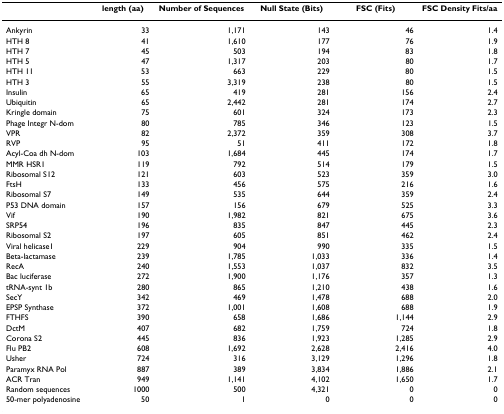
<table><thead><tr><td>[EMPTY_CELL]</td><td><b>length (aa)</b></td><td><b>Number of Sequences</b></td><td><b>Null State (Bits)</b></td><td><b>FSC (Fits)</b></td><td><b>FSC Density Fits/aa</b></td></tr></thead><tbody><tr><td>Ankyrin</td><td>33</td><td>1,171</td><td>143</td><td>46</td><td>1.4</td></tr><tr><td>HTH 8</td><td>41</td><td>1,610</td><td>177</td><td>76</td><td>1.9</td></tr><tr><td>HTH 7</td><td>45</td><td>503</td><td>194</td><td>83</td><td>1.8</td></tr><tr><td>HTH 5</td><td>47</td><td>1,317</td><td>203</td><td>80</td><td>1.7</td></tr><tr><td>HTH 11</td><td>53</td><td>663</td><td>229</td><td>80</td><td>1.5</td></tr><tr><td>HTH 3</td><td>55</td><td>3,319</td><td>238</td><td>80</td><td>1.5</td></tr><tr><td>Insulin</td><td>65</td><td>419</td><td>281</td><td>156</td><td>2.4</td></tr><tr><td>Ubiquitin</td><td>65</td><td>2,442</td><td>281</td><td>174</td><td>2.7</td></tr><tr><td>Kringle domain</td><td>75</td><td>601</td><td>324</td><td>173</td><td>2.3</td></tr><tr><td>Phage Integr N-dom</td><td>80</td><td>785</td><td>346</td><td>123</td><td>1.5</td></tr><tr><td>VPR</td><td>82</td><td>2,372</td><td>359</td><td>308</td><td>3.7</td></tr><tr><td>RVP</td><td>95</td><td>51</td><td>411</td><td>172</td><td>1.8</td></tr><tr><td>Acyl-Coa dh N-dom</td><td>103</td><td>1,684</td><td>445</td><td>174</td><td>1.7</td></tr><tr><td>MMR HSR1</td><td>119</td><td>792</td><td>514</td><td>179</td><td>1.5</td></tr><tr><td>Ribosomal S12</td><td>121</td><td>603</td><td>523</td><td>359</td><td>3.0</td></tr><tr><td>FtsH</td><td>133</td><td>456</td><td>575</td><td>216</td><td>1.6</td></tr><tr><td>Ribosomal S7</td><td>149</td><td>535</td><td>644</td><td>359</td><td>2.4</td></tr><tr><td>P53 DNA domain</td><td>157</td><td>156</td><td>679</td><td>525</td><td>3.3</td></tr><tr><td>Vif</td><td>190</td><td>1,982</td><td>821</td><td>675</td><td>3.6</td></tr><tr><td>SRP54</td><td>196</td><td>835</td><td>847</td><td>445</td><td>2.3</td></tr><tr><td>Ribosomal S2</td><td>197</td><td>605</td><td>851</td><td>462</td><td>2.4</td></tr><tr><td>Viral helicase1</td><td>229</td><td>904</td><td>990</td><td>335</td><td>1.5</td></tr><tr><td>Beta-lactamase</td><td>239</td><td>1,785</td><td>1,033</td><td>336</td><td>1.4</td></tr><tr><td>RecA</td><td>240</td><td>1,553</td><td>1,037</td><td>832</td><td>3.5</td></tr><tr><td>Bac luciferase</td><td>272</td><td>1,900</td><td>1,176</td><td>357</td><td>1.3</td></tr><tr><td>tRNA-synt 1b</td><td>280</td><td>865</td><td>1,210</td><td>438</td><td>1.6</td></tr><tr><td>SecY</td><td>342</td><td>469</td><td>1,478</td><td>688</td><td>2.0</td></tr><tr><td>EPSP Synthase</td><td>372</td><td>1,001</td><td>1,608</td><td>688</td><td>1.9</td></tr><tr><td>FTHFS</td><td>390</td><td>658</td><td>1,686</td><td>1,144</td><td>2.9</td></tr><tr><td>DctM</td><td>407</td><td>682</td><td>1,759</td><td>724</td><td>1.8</td></tr><tr><td>Corona S2</td><td>445</td><td>836</td><td>1,923</td><td>1,285</td><td>2.9</td></tr><tr><td>Flu PB2</td><td>608</td><td>1,692</td><td>2,628</td><td>2,416</td><td>4.0</td></tr><tr><td>Usher</td><td>724</td><td>316</td><td>3,129</td><td>1,296</td><td>1.8</td></tr><tr><td>Paramyx RNA Pol</td><td>887</td><td>389</td><td>3,834</td><td>1,886</td><td>2.1</td></tr><tr><td>ACR Tran</td><td>949</td><td>1,141</td><td>4,102</td><td>1,650</td><td>1.7</td></tr><tr><td>Random sequences</td><td>1000</td><td>500</td><td>4,321</td><td>0</td><td>0</td></tr><tr><td>50-mer polyadenosine</td><td>50</td><td>1</td><td>0</td><td>0</td><td>0</td></tr></tbody></table>